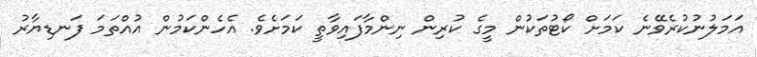
އަމަލުނުކުރެވޭނެ ކަމަށް ކޯޓުތަކުން މީގެ ކުރިން ނިންމާފައިވާތީ ކަމަށެވެ. އެހެންކަމުން އުއްތަމަ ފަނޑިޔާރު